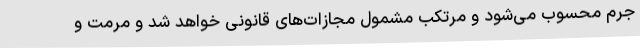
جرم محسوب می‌شود و مرتکب مشمول مجازات‌های قانونی خواهد شد و مرمت و